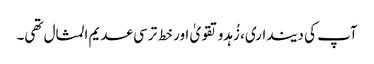
آپ کی دینداری، زُہدو تقویٰ اور خط ترسی عدیم المثال تھی۔